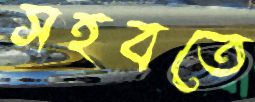
সহবতে